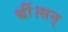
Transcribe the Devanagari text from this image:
थीं।सन्